Report of the Indian Hemp Drugs Commission, 1894-1895 - Volume VII
Year: 1894
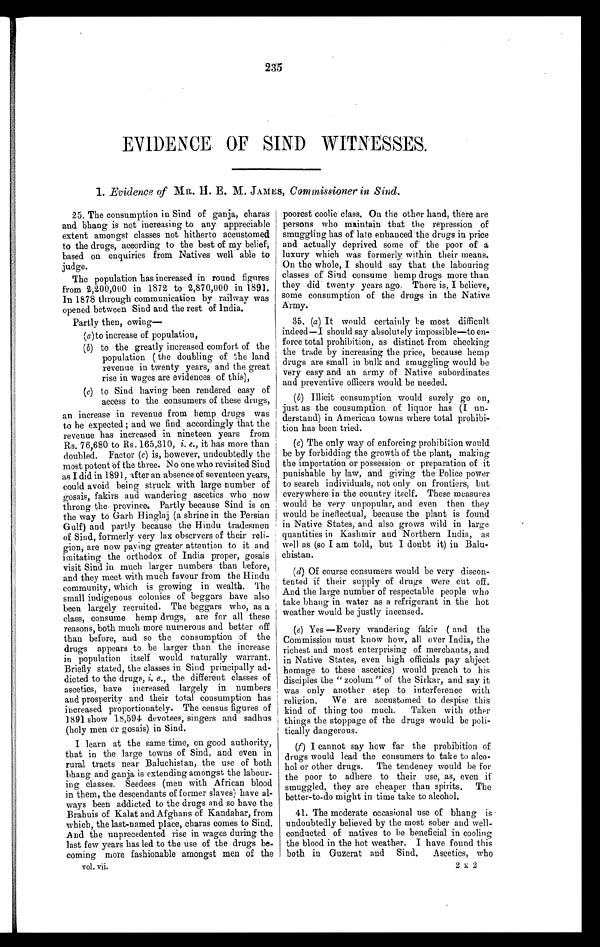
235
EVIDENCE. OF SIND WITNESSES.
1. Evidence of MR. H. E. M. JAMES, Commissioner in Sind.
25. The consumption in Sind of ganja, charas
and bhang is not increasing to any appreciable
extent amongst classes not hitherto accustomed
to the drugs, according to the best of my belief;
based on enquiries rom Natives well able to
judge.
The population has increased in round figures
from 2,200,000 in 1872 to 2,870,000 in 1891.
In 1878 through communication by railway was
opened between Sind and the rest of India.
Partly then, owing
–
(a ) to increase of population,
(b) to the greatly increased comfort of the
population ( the doubling of them land
revenue in twenty years, and the great
rise in wages are evidences of this),
(c) to Sind having been rendered easy of
access to the consumers of these drugs,
(d)
an increase in revenue from hemp drugs was
to be expected ; and we find accordingly that the
revenue has increased in nineteen years from
Rs. 76,680 to Rs. 165,310, i. e., it has more than
doubled. Factor ( c) is, however, undoubtedly the
most potent 'of the three. No one who revisited Sind
as I did in 1891, after an absence of seventeen years,
could avoid being struck with large number of
g o s a i s f a k i r s a n d w a n d e r i n g a s c e t i c s w h o n o w
throng the province. Partly because Sind is on
the way to Garh Hinglaj (a shrine in the Persian
Gulf) and partly because the Hindu tradesmen
of Sind, formerly very lax observers of their
r e l i ¬ g i o n , a r e n o w p a y i n g g r e a t e r a t t e n t i o n t o i t a n d
imitating the orthodox of India proper, gosais
visit Sind in much larger numbers than before,
and they meet with much favour from the Hindu
community, which is growing in wealth. The
small indigenous colonies of beggars have also
been largely recruited. The beggars who, as a
class, consume hemp drugs, are for all these
reasons, both much more numerous and better off
than before, and so the consumption of the
drugs appears to be larger than the increase
in population itself would naturally warrant.
Briefly stated, the classes in Sind principally ad-
dicted to the drugs, i. e . the different classes of
ascetics, have increased largely in numbers
and prosperity and their total consumption has
increased proportionately. The census figures of
1891 show 18,594 devotees, singers and sadhus
(holy men or gosais) in Sind.
I learn at the same time, on good authority,
that in the large towns of Sind, and even in
rural tracts near Baluchistan, the use of both
bhang and ganja is extending amongst the labour-
ing classes. Seedees (men with African blood
in them, the descendants of former slaves) have al-
ways been addicted to the drugs and so have the
Brahuis of Kalat and Afghans of Kandahar, from
which, the last-named place, charas comes to Sind.
And the unprecedented rise in wages during the
last few years has led to the use of the drugs be-
coming more fashionable amongst men of the
vol. vii.
poorest coolie class. On the other hand, there are
persons who maintain that the repression of
smuggling has of late enhanced the drugs in price
and actually deprived some off the poor of a
luxury which was formerly, within their means.
On the whole, I should say that the labouring
classes of Sind consume hemp drugs more than
they did twenty years ago. There is, I believe,
some consumption of the drugs in the Native
Army.
35. (a ) It would certainly be most difficult
indeed—I should say absolutely impossible—to en-
force total prohibition, as distinct from checking
the trade by increasing the price, because hemp
drugs are small in bulk and smuggling would be
very easy and an army of Native subordinates
and preventive officers would be needed.
(b) Illicit consumption would surely go on,
just as the consumption of liquor has (I un-
derstand) in American towns where total prohibi-
tion has been tried.
(c) The only way of enforcing prohibition would
be by forbidding the growth of the plant, making
the importation or possessions or preparation of it
punishable by law, and giving the Police power
to search individuals, not only on frontiers, but
everywhere in the country itself. These measures
would be very unpopular, and even then they
would be ineffectual, because the plant is found
in Native States, and also grows wild in large
quantities in Kashmir and Northern India, as
well as (so I am told, but I doubt it) in Balu-
chistan.
(d) Of course consumers would be very discon-
tented if their supply of drugs were cut off.
And the large number of respectable people who
take bhang in water as a refrigerant in the hot
weather would be justly incensed.
(e) Yes —Every wandering fakir ( and the
Commission must know how, all over India, the
richest and most enterprising of merchants, and
in Native States, even high officials pay abject
homage to these ascetics) would preach to his
disciples the " zoolum " of the Sirkar, and say it
was only another step to interference with
religion.
We are accustomed to despise this
kind of thing too much. Taken with other
things the stoppage of the drugs would be poli-
tically dangerous.
(f) I cannot say how far the prohibition of
drugs would lead the consumers to take to alco-
hol or other drugs. The tendency would be for
the poor to adhere to their use, as, even if
smuggled, they are cheaper than spirits. The
better-to-do might in time take to alcohol.
41. The moderate occasional use of bhang is
undoubtedly believed by the most sober and well-
conducted of natives to be beneficial in cooling
the blood in the hot weather. I have found this
both in Guzerat and Sind. Ascetics, who
2 k 2